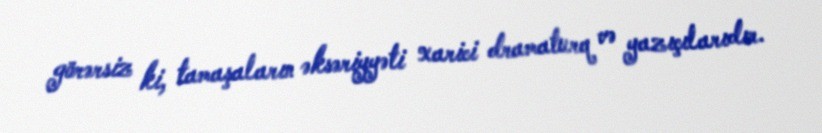
görərsiz ki, tamaşaların əksəriyyəti xarici dramaturq və yazıçılarıdır.